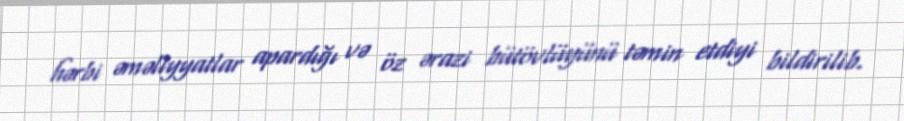
hərbi əməliyyatlar apardığı və öz ərazi bütövlüyünü təmin etdiyi bildirilib.